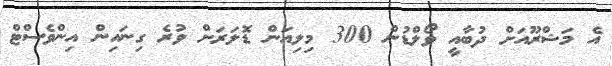
އެ މަޝްރޫއަށް ދުބާއީ ވޯލްޑުން 300 މިލިއަން ޑޮލަރަށް ވުރެ ގިނައިން އިންވެސްޓް